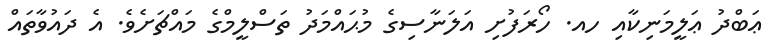
ޢަބްދު ޢަލީމަނިކާއި ހއ. ހޯރަފުށި އަލަނާސިގެ މުޙައްމަދު ތަސްލީމްގެ މައްޗަށެވެ. އެ ދައުވާތައް